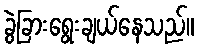
ခွဲခြားရွေးချယ်နေသည်။